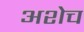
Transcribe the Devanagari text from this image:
अशेच